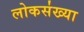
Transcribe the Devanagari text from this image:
लोकस॑ख्या